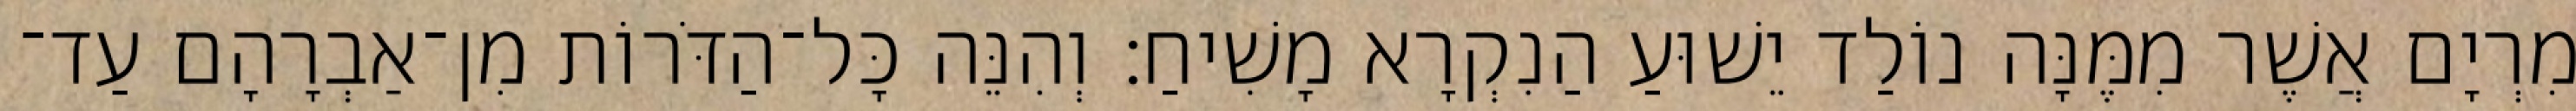
מִרְיָם אֲשֶׁר מִמֶּנָּה נוֹלַד יֵשׁוּעַ הַנִקְרָא מָשִׁיחַ׃ וְהִנֵּה כָּל־הַדֹּרוֹת מִן־אַבְרָהָם עַד־